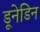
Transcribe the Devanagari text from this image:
डूनेडिन